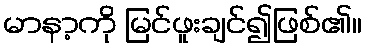
မာနာ့ကို မြင်ဖူးချင်၍ဖြစ်၏။